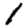
Digit: 1